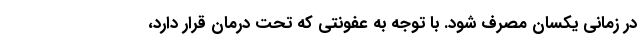
در زمانی یکسان مصرف شود. با توجه به عفونتی که تحت درمان قرار دارد،